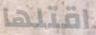
اقتلها